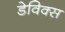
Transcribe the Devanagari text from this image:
डेविक्स